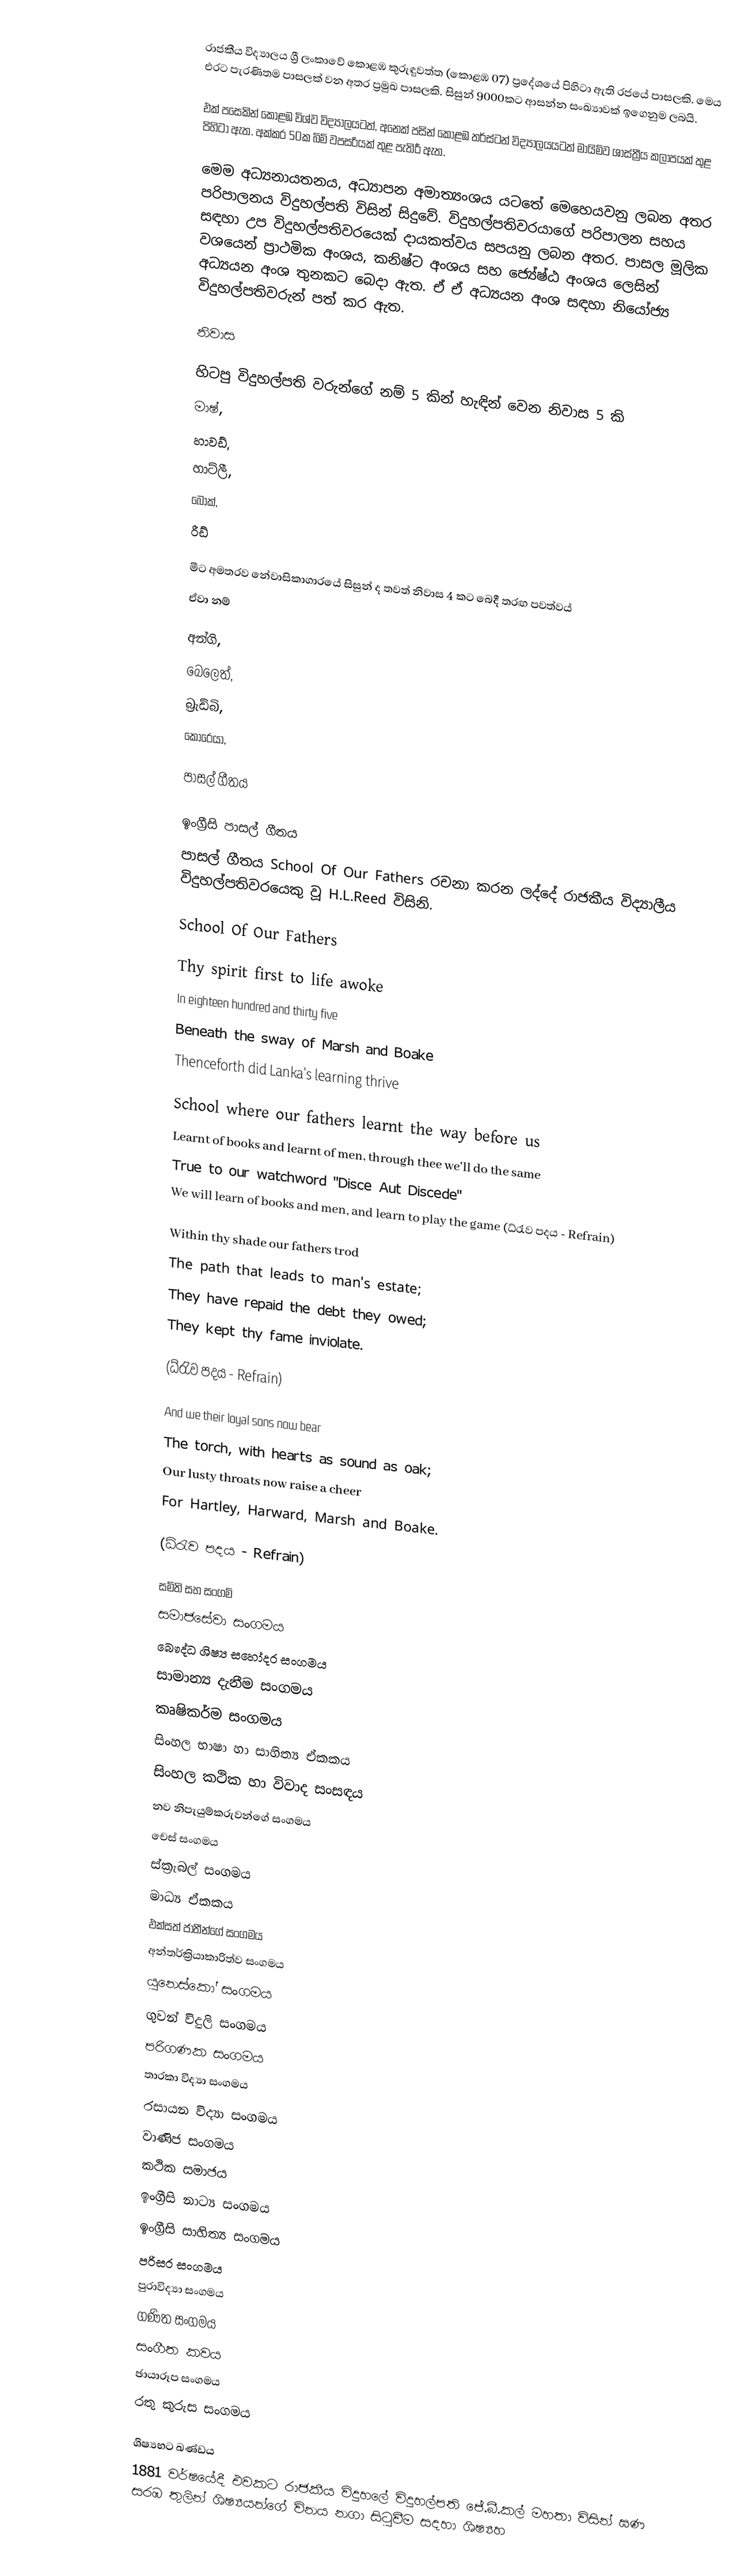
රාජකීය විද්‍යාලය ශ්‍රී ලංකාවේ කොළඹ කුරුඳුවත්ත (කොළඹ 07) ප්‍රදේශයේ පිහිටා ඇති රජයේ පාසලකි. මෙය එරට පැරණිතම පාසලක් වන අතර ප්‍රමුඛ පාස‍ලකි. සිසුන් 9000කට ආසන්න සංඛ්‍යාවක් ඉගෙනුම ලබයි.

එක් ‍පසෙකින් කොළඹ විශ්ව විද්‍යාලයටත්, අනෙක් පසින් කොළඹ තර්ස්ටන් විද්‍යාලයයටත් මායිම්ව ශාස්ත්‍රීය කලාපයක් තුළ පිහිටා ඇත. අක්කර 50ක බිම් වපසරියක් තුළ පැතිරී ඇත.

මෙම අධ්‍යනායතනය, අධ්‍යාපන අමාත්‍යංශය යටතේ මෙහෙයවනු ලබන අතර පරිපාලනය විදුහල්පති විසින් සිදුවේ. විදුහල්පතිවර‍යාගේ පරිපාලන සහය සඳහා උප විදුහල්පතිවරයෙක් දායකත්වය සපයනු ලබන අතර. පාසල මූලික වශයෙන් ප්‍රාථමික අංශය, කනිෂ්ට අංශය සහ ජ්‍යේෂ්ඨ අංශය ලෙසින් අධ්‍යයන අංශ තුනකට බෙදා ඇත. ඒ ඒ අධ්‍යයන අංශ සඳහා නියෝජ්‍ය විදුහල්පතිවරුන් පත් කර ඇත.

නිවාස

හිටපු විදුහල්පති වරුන්ගේ නම් 5 කින් හැඳින් වෙන නිවාස 5 කි
මාෂ්,
හාවඩ්,
හාට්ලී,
බෝක්,
රීඩ්

මීට අමතරව  නේවාසිකාගාරයේ  සිසුන් ද  තවත් නිවාස 4 කට බෙදී තරඟ පවත්වය්
ඒවා නම්

අන්ගි,
බෙලෙත්,
බ්‍රැඩ්බි,
කොරෙයා,

පාසල් ගීතය

ඉංග්‍රීසි පාසල් ගීතය
පාසල් ගීතය School Of Our Fathers රචනා කරන ලද්දේ රාජකීය විද්‍යාලීය විදුහල්පතිවරයෙකු වූ H.L.Reed විසිනි.

School Of Our Fathers

Thy spirit first to life awoke
In eighteen hundred and thirty five
Beneath the sway of Marsh and Boake
Thenceforth did Lanka's learning thrive

School where our fathers learnt the way before us
Learnt of books and learnt of men, through thee we'll do the same
True to our watchword "Disce Aut Discede"
We will learn of books and men, and learn to play the game (ධ්රැව පදය - Refrain)

Within thy shade our fathers trod
The path that leads to man's estate;
They have repaid the debt they owed;
They kept thy fame inviolate.

(ධ්රැව පදය - Refrain)

And we their loyal sons now bear
The torch, with hearts as sound as oak;
Our lusty throats now raise a cheer
For Hartley, Harward, Marsh and Boake.

(ධ්රැව පදය - Refrain)

සමිති සහ සංගම්
සමාජසේවා සංගමය
බෞද්ධ ශිෂ්‍ය සහෝදර සංගමය
සාමාන්‍ය දැනීම සංගමය
කෘෂිකර්ම සංගමය
සිංහල භාෂා හා සාහිත්‍ය ඒකකය
සිංහල කථික හා විවාද සංසඳය
නව නිපැයුම්කරුවන්ගේ සංගමය
චෙස් සංගමය
ස්ක්‍රැබල් සංගමය
මාධ්‍ය ඒකකය
එක්සත් ජාතීන්ගේ සංගමය
අන්තර්ක්‍රියාකාරිත්ව සංගමය
යුනෙස්කෝ සංගමය
ගුවන් විදුලි සංගමය
පරිගණක සංගමය
තාරකා විද්‍යා සංගමය
රසායන විද්‍යා සංගමය
වාණිජ සංගමය
කථික සමාජය
ඉංග්‍රීසි නාට්‍ය සංගමය
ඉංග්‍රීසි සාහිත්‍ය සංගමය
පරිසර සංගමය
පුරාවිද්‍යා සංගමය
ගණිත සංගමය
සංගීත කවය
ඡායාරූප සංගමය
රතු කුරුස සංගමය

ශිෂ්‍යභට ඛණ්ඩය
1881 වර්ෂයේදී එවකට රාජකීය විදුහලේ විදුහල්පති ජේ.බී.කල් මහතා විසින් ඝණ සරඹ තුලින් ශිෂ්‍යයන්ගේ විනය නගා සිටුවීම සදහා ශිෂ්‍යහ